Senior Leaving Certificate, 1939
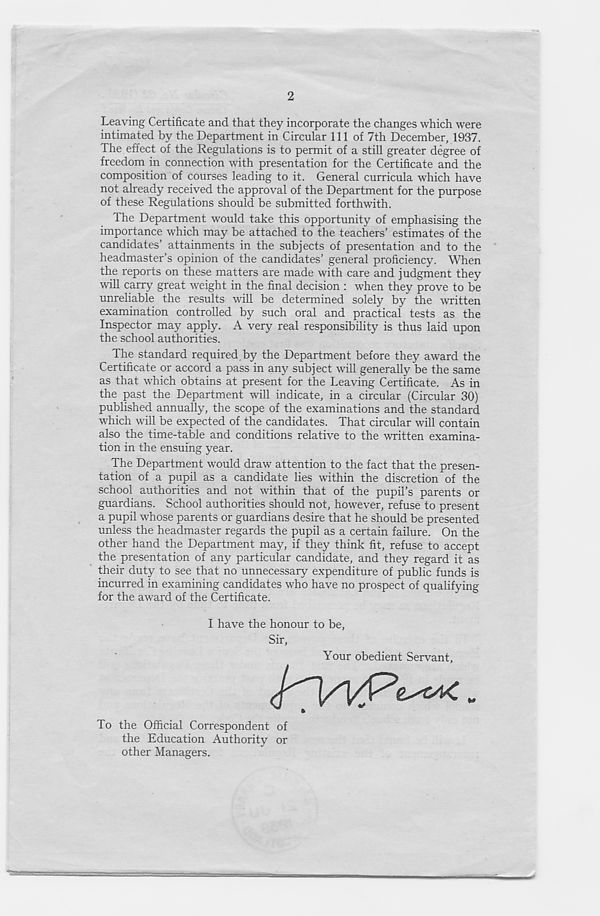
2
Leaving Certificate and that they incorporate the changes which were
intimated by the Department in Circular 111 of 7th December, 1937.
The effect of the Regulations is to permit of a still greater degree of
freedom in connection with presentation for the Certificate and the
composition of courses leading to it. General curricula which have
not already received the approval of the Department for the purpose
of these Regulations should be submitted forthwith.
the Department would take this opportunity of emphasising the
importance which may be attached to the teachers’ estimates of the
candidates’ attainments in the subjects of presentation and to the
headmaster’s opinion of the candidates’ general proficiency. When
the reports on these matters are made with care and judgment they
will carry great weight in the final decision : when they prove to be
unreliable the results will be determined solely by the written
examination controlled by such oral and practical tests as the
Inspector may apply. A very real responsibility is thus laid upon
the school authorities.
The standard required by the Department before they award the
Certificate or accord a pass in any subject will generally be the same
as that which obtains at present for the Leaving Certificate. As in
the past the Department will indicate, in a circular (Circular 30)
published annually, the scope of the examinations and the standard
which will be expected of the candidates. That circular will contain
also the time-table and conditions relative to the written examina-
tion in the ensuing year.
The Department would draw attention to the fact that the presen-
tation of a pupil as a candidate lies within the discretion of the
school authorities and not within that of the pupil’s parents or
guardians. School authorities should not, however, refuse to present
a pupil whose parents or guardians desire that he should be presented
unless the headmaster regards the pupil as a certain failure. On the
other hand the Department may, if they think fit, refuse to accept
the presentation of any particular candidate, and they regard it as
their duty to see that no unnecessary expenditure of public funds is
incurred in examining candidates who have no prospect of qualifying
for the award of the Certificate.
I have the honour to be,
Sir,
Your obedient Servant,
To the Official Correspondent of
the Education Authority or
other Managers.